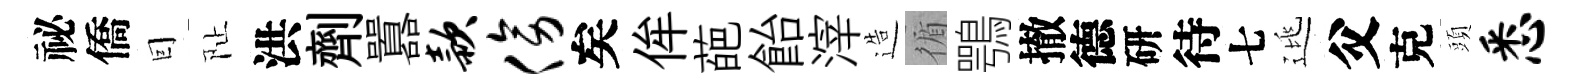
祕僑囙阯洪劑囂款傍矣侔葩飴滓造循鶚撤德研待七逃父克頭悉